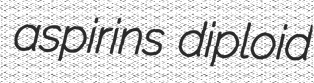
aspirins diploid